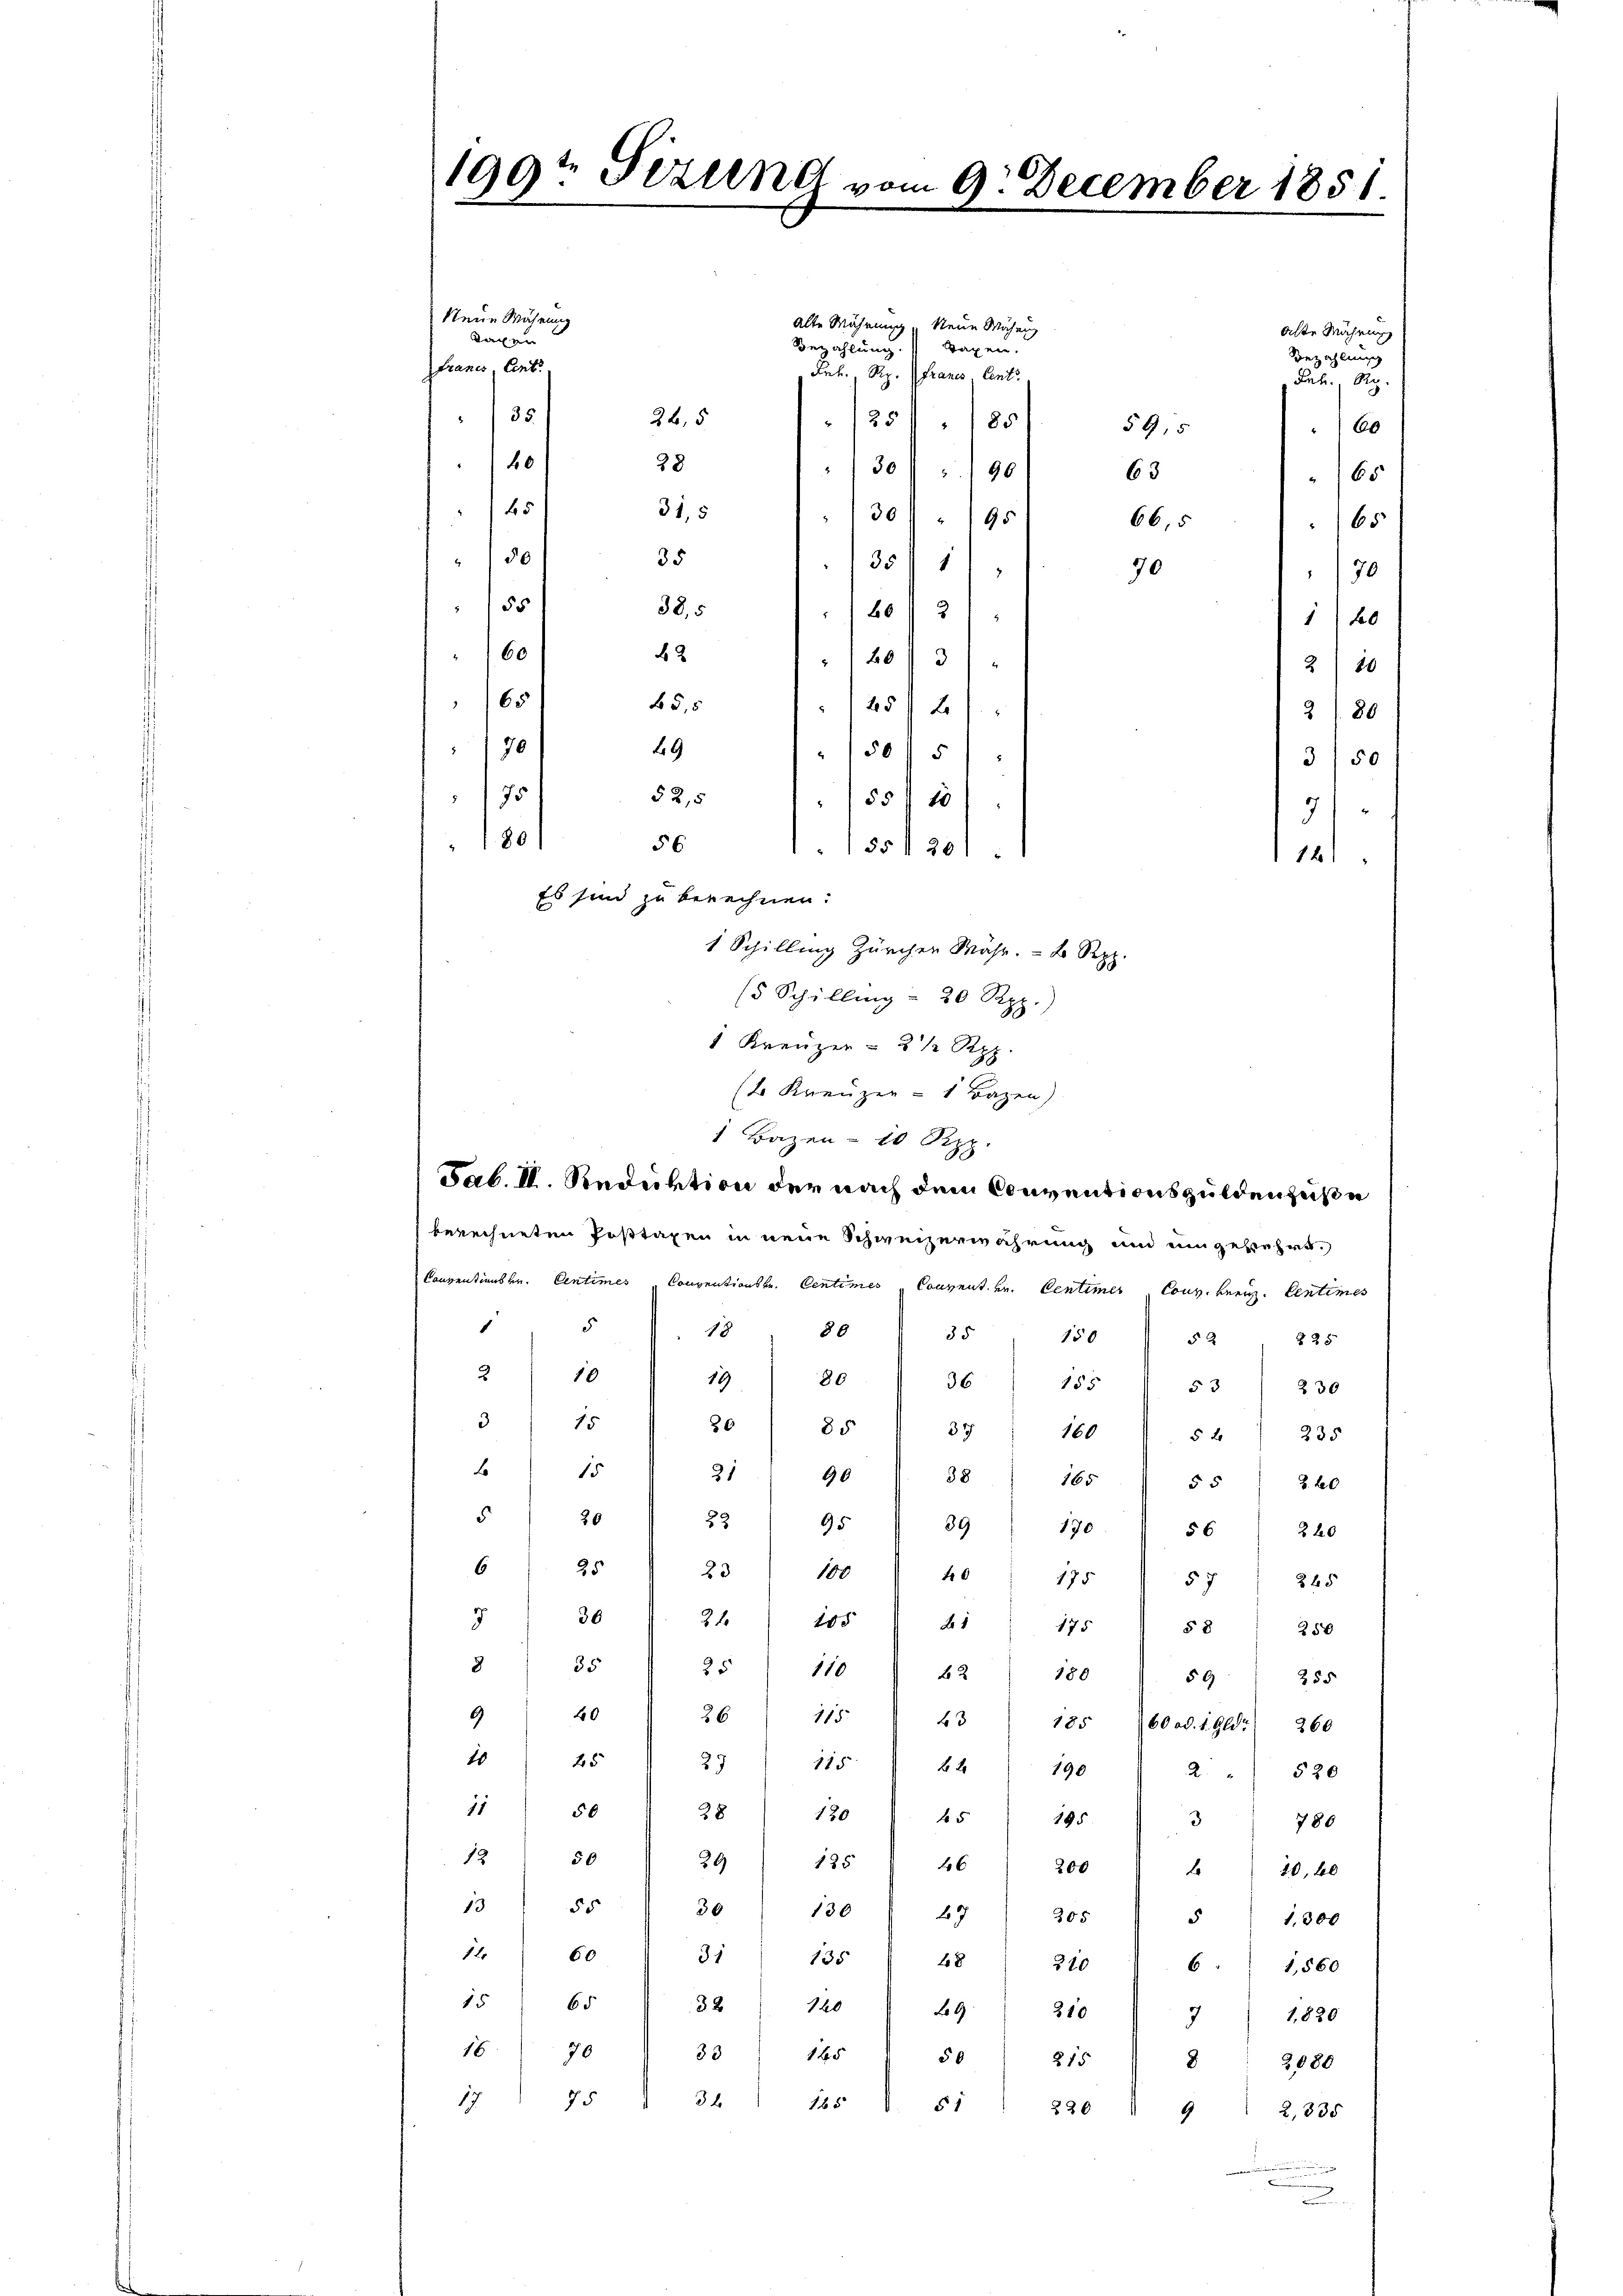
alte Währung, Neue Währung
alte Mährung
Bezahlung.
Tagen.
Bezahlung
Frk. Rp
Francs, Centr
Feb. Rp.
26,5
/2585
59,5
60
28
30 " 190
63
65
45
31,5
130 " 195
66,5
s
30
35
35 1/
70
70
55
38,5
160 f 3
1 1 20
60
42
 20 x 3
2 80
168
5,5
125/21.
280
170
49
1505
3/50
§ 2, 5
155 f 15
80
56
155 f 20
Es sind zu berechnen.
1 Schilling Zürcher Währ. - 2. Rpp.
(5 Schilling - 20 Rpp.)
1 Kreuzer = 2 1/2 Rpp.
12 Kreuzen - 1 Bazen)
1 Baien- 10 Ripp
Sab. II. Seduktion der nach dem Conventionsguldenheite
berechneten Posttaxen in neue Schweizerwährung und eingekehrt.
Conventionskr. Centimes Conventionskr. Centimes Convent. Hr. Centimer Cons. beri. Centimes
5
1
86
18
35
150
§ 25
52
2
10
80
19
36
155
53
230
3
15
36
85
37
160
5 x 235
6
15
21
90
38
165
2. 20
55
5
30
22
39
95
170
56
2 20
25
6
100
23
 175
57
845
36
21
105
7
1
175
58
250
35
8
25 110
62
180
255
59
40
9
26
115.
3
185 (60 od. 1. Gld. 260.
1 25
115
29
24
190
2
§ 20
11
38
50
180 45
195
3780
13
50
125
29
26
200
  20, 60
55
13
30
130
47
305
5
1.300
12 60
31
135
28
220
61,560
15
65
32  140
9
310
1,820
7
16
70
33
145
56
215
8
2080
75
3 x
117
1651. 51
220
9 " 2335

u

7
190: Stellt vom 9. December 1851

Neue Währung
Tagen
francs Cent
35.
40

75

7)
161